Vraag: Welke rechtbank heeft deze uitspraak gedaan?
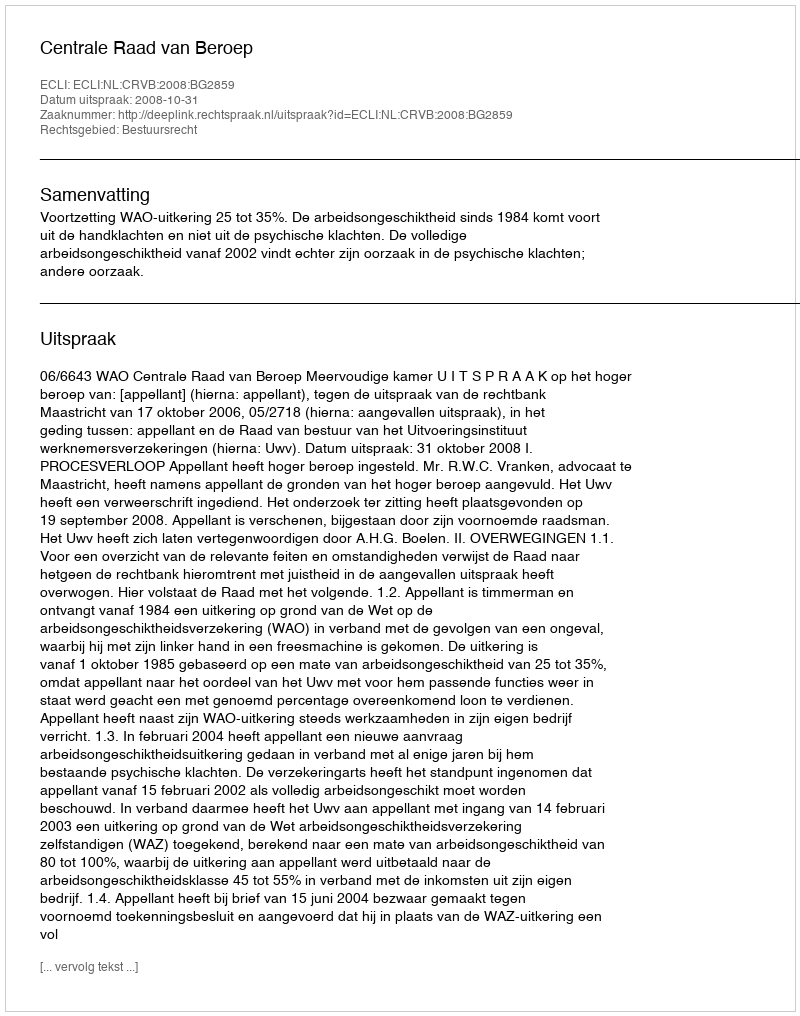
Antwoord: Centrale Raad van Beroep